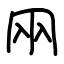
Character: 㒳